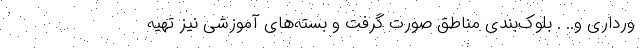
ورداری و.. . بلوک‌بندی مناطق صورت گرفت و بسته‌های آموزشی نیز تهیه